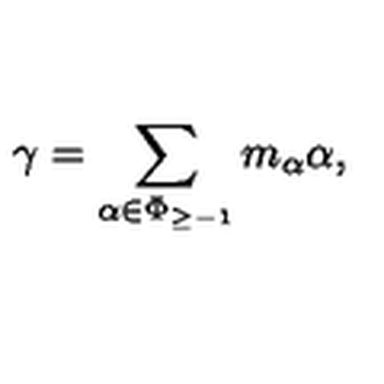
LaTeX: \gamma = \sum _ { \alpha \in \Phi _ { \geq - 1 } } m _ { \alpha } \alpha ,